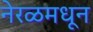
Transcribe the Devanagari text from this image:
नेरळमधून